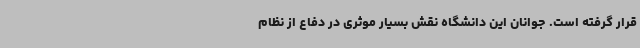
قرار گرفته است. جوانان این دانشگاه نقش بسیار موثری در دفاع از نظام